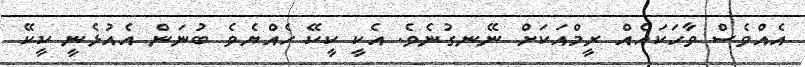
އެއްވެސް ވާހަކައެއް ރީމްއަކަށް ނޭނގުނެވެ. އެކީ ކީކޭ ހެއްޔެވެ ބުނަން އެއުޅެނީ ކީކޭ